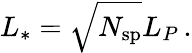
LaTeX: L_{*}=\sqrt{N_{\mathrm{sp}}}L_{P}\, .